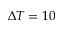
\Delta T = 1 0